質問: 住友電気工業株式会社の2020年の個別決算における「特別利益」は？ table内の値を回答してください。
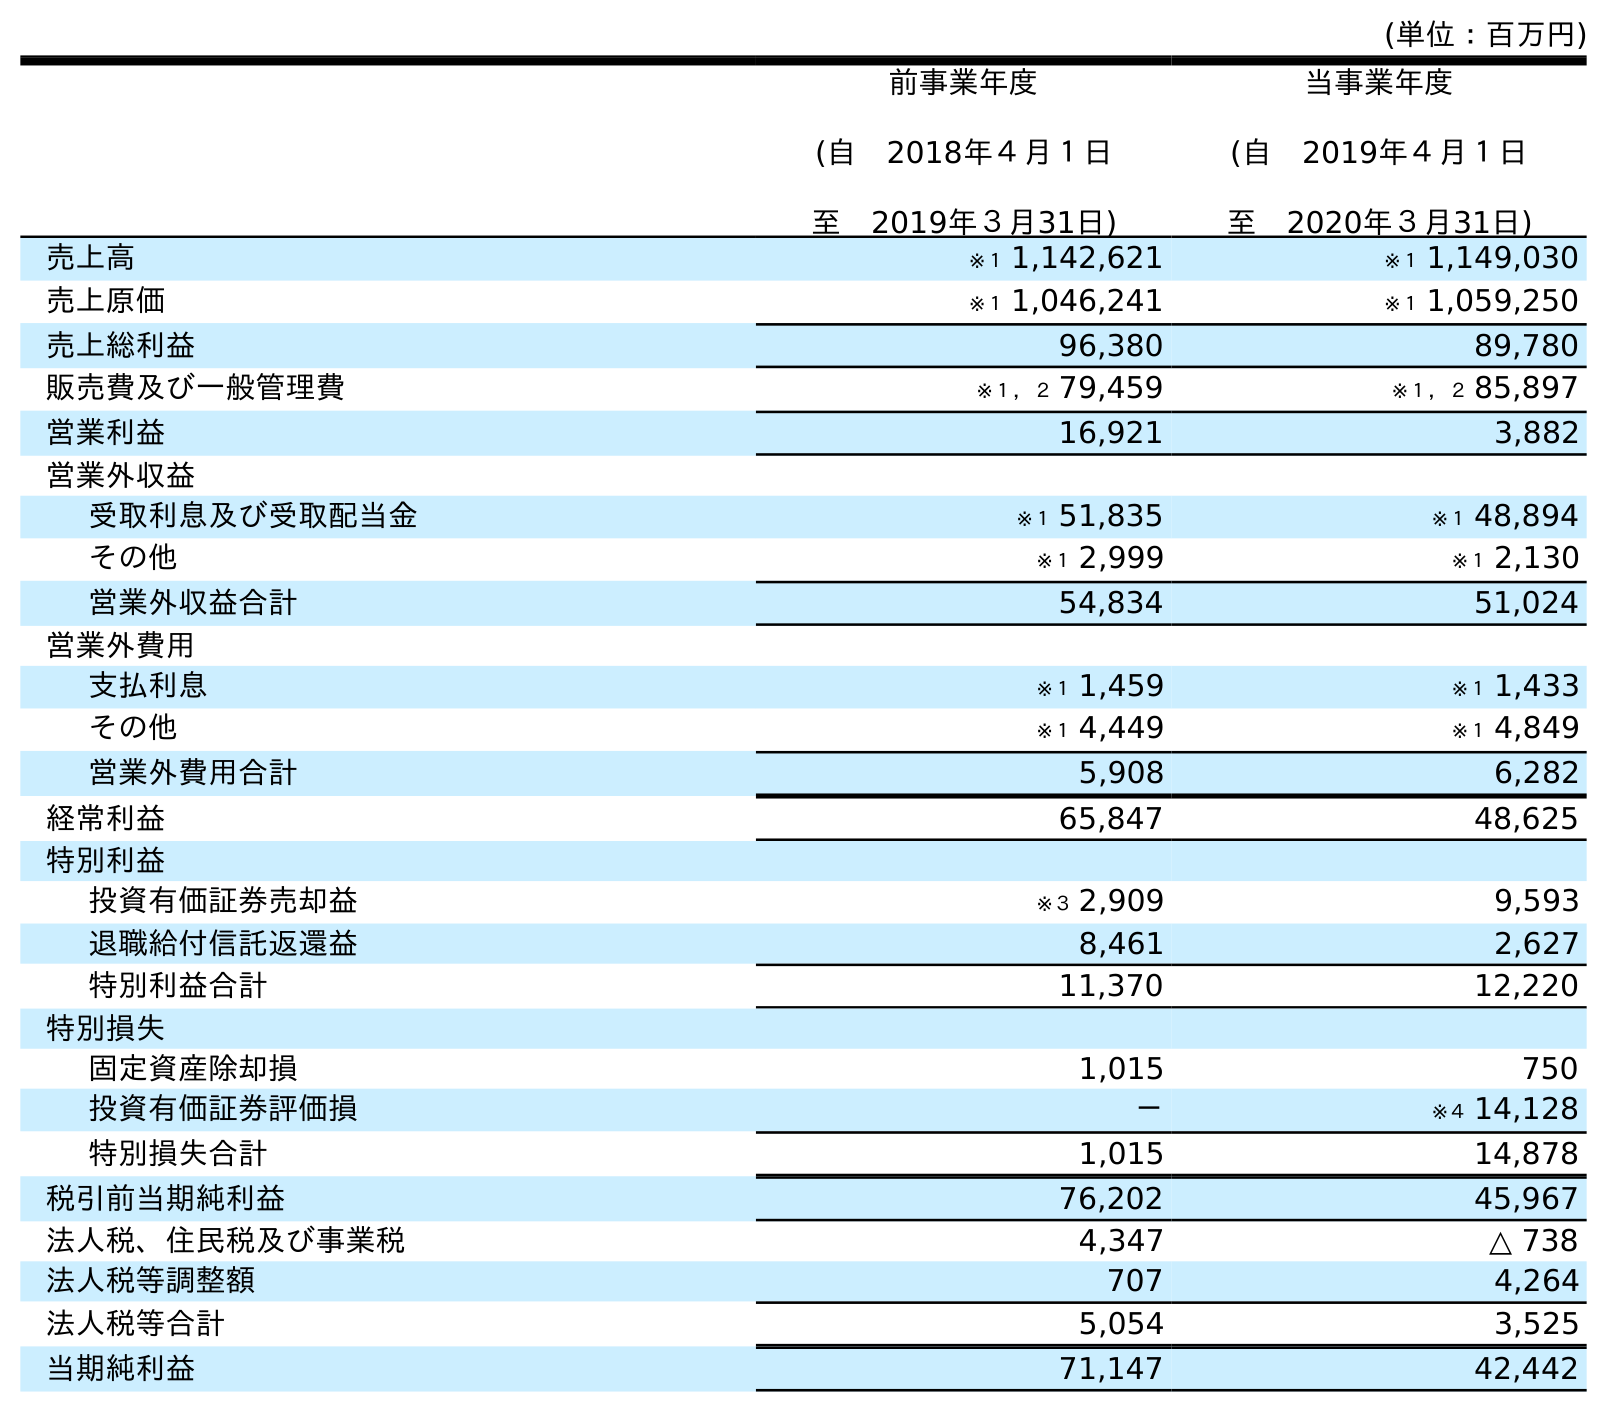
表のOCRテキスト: (単位：百万円) 前事業年度 (自 2018年４月１日 至 2019年３月31日) 当事業年度 (自 2019年４月１日 至 2020年３月31日) 売上高 ※１ 1,142,621 ※１ 1,149,030 売上原価 ※１ 1,046,241 ※１ 1,059,250 売上総利益 96,380 89,780 販売費及び一般管理費 ※１，２ 79,459 ※１，２ 85,897 営業利益 16,921 3,882 営業外収益 受取利息及び受取配当金 ※１ 51,835 ※１ 48,894 その他 ※１ 2,999 ※１ 2,130 営業外収益合計 54,834 51,024 営業外費用 支払利息 ※１ 1,459 ※１ 1,433 その他 ※１ 4,449 ※１ 4,849 営業外費用合計 5,908 6,282 経常利益 65,847 48,625 特別利益 投資有価証券売却益 ※３ 2,909 9,593 退職給付信託返還益 8,461 2,627 特別利益合計 11,370 12,220 特別損失 固定資産除却損 1,015 750 投資有価証券評価損 － ※４ 14,128 特別損失合計 1,015 14,878 税引前当期純利益 76,202 45,967 法人税、住民税及び事業税 4,347 △ 738 法人税等調整額 707 4,264 法人税等合計 5,054 3,525 当期純利益 71,147 42,442
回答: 12,220